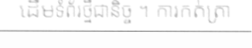
ដើមទំព័រថ្មីជានិច្ច ។ ការកត់ត្រា